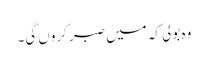
وہ بولی کہ میں صبر کروں گی۔